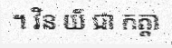
។ វិន យ័ ជា កត្តា